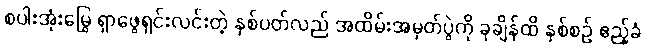
စပါးအုံးမြွေ ရှာဖွေရှင်းလင်းတဲ့ နှစ်ပတ်လည် အထိမ်းအမှတ်ပွဲကို ခုချိန်ထိ နှစ်စဉ် ဧည့်ခံ